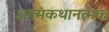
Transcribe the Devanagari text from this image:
आत्मकथानत्मक